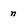
Character: n